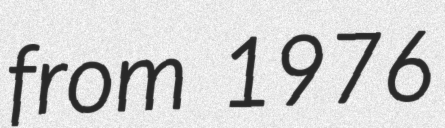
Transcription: from 1976